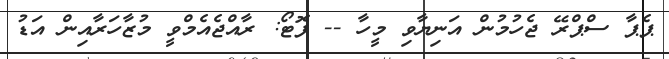
ޕެޕާ ސްޕްރޭ ޖެހުމުން އަނިޔާވި މީހާ -- ފޮޓޯ: ރާއްޖެއެމްވީ މުޒާހަރާއިން އަޑު